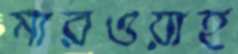
মারওয়াহ